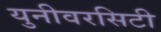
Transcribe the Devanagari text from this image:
युनीवरसिटी